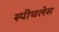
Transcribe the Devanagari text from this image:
स्‍पीचलेस